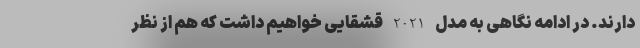
دارند. در ادامه نگاهی به مدل 2021 قشقایی خواهیم داشت که هم از نظر